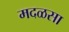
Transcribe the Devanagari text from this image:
मदळसा